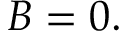
B = 0 .